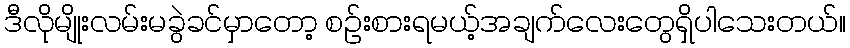
ဒီလိုမျိုးလမ်းမခွဲခင်မှာတော့ စဥ်းစားရမယ့်အချက်လေးတွေရှိပါသေးတယ်။